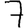
Digit: 7